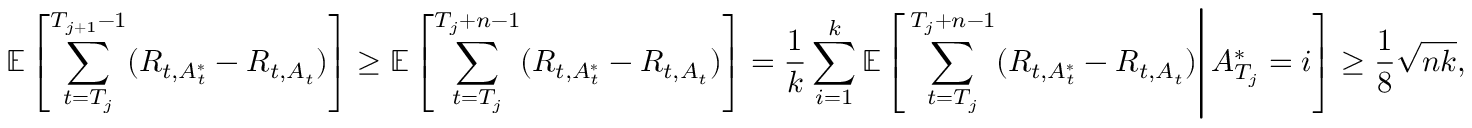
\mathbb { E } \left[ \sum _ { t = T _ { j } } ^ { T _ { j + 1 } - 1 } ( R _ { t , A _ { t } ^ { * } } - R _ { t , A _ { t } } ) \right] \geq \mathbb { E } \left[ \sum _ { t = T _ { j } } ^ { T _ { j } + n - 1 } ( R _ { t , A _ { t } ^ { * } } - R _ { t , A _ { t } } ) \right] = \frac { 1 } { k } \sum _ { i = 1 } ^ { k } \mathbb { E } \left[ \left. \sum _ { t = T _ { j } } ^ { T _ { j } + n - 1 } ( R _ { t , A _ { t } ^ { * } } - R _ { t , A _ { t } } ) \right| A _ { T _ { j } } ^ { * } = i \right] \geq \frac { 1 } { 8 } \sqrt { n k } ,